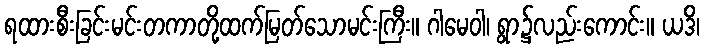
ရထားစီးခြင်းမင်းတကာတို့ထက်မြတ်သောမင်းကြီး။ ဂါမေဝါ၊ ရွာ၌လည်းကောင်း။ ယဒိ၊